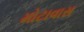
મોટાવાસ